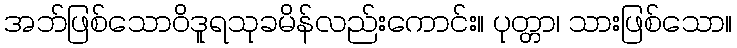
အဘ်ဖြစ်သောဝိဒူရသုခမိန်လည်းကောင်း။ ပုတ္တာ၊ သားဖြစ်သော။